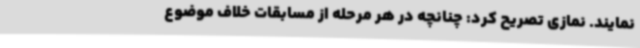
نمایند. نمازی تصریح کرد: چنانچه در هر مرحله از مسابقات خلاف موضوع